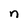
Character: n